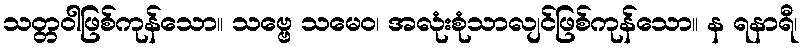
သတ္တဝါဖြစ်ကုန်သော။ သဗ္ဗေ သမေဝ၊ အလုံးစုံသာလျင်ဖြစ်ကုန်သော။ န ရနာရီ၊